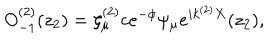
O _ { - 1 } ^ { ( 2 ) } ( z _ { 2 } ) = \zeta _ { \mu } ^ { ( 2 ) } c e ^ { - \phi } \psi _ { \mu } e ^ { i k ^ { ( 2 ) } X } ( z _ { 2 } ) ,